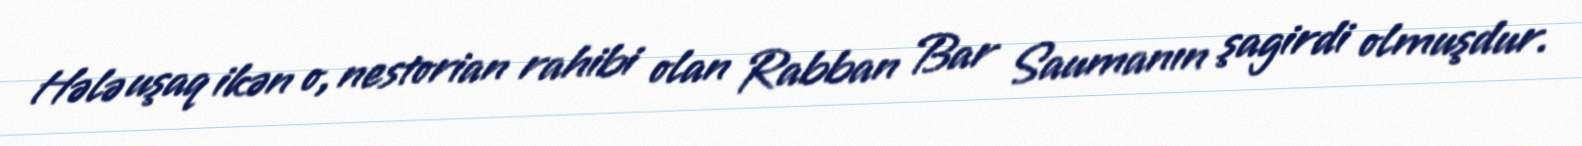
Hələ uşaq ikən o, nestorian rahibi olan Rabban Bar Saumanın şagirdi olmuşdur.